Sanitation, dispensaries and jails vaccination Rajputana 1922-1927 - 1922-1927
Year: 1922
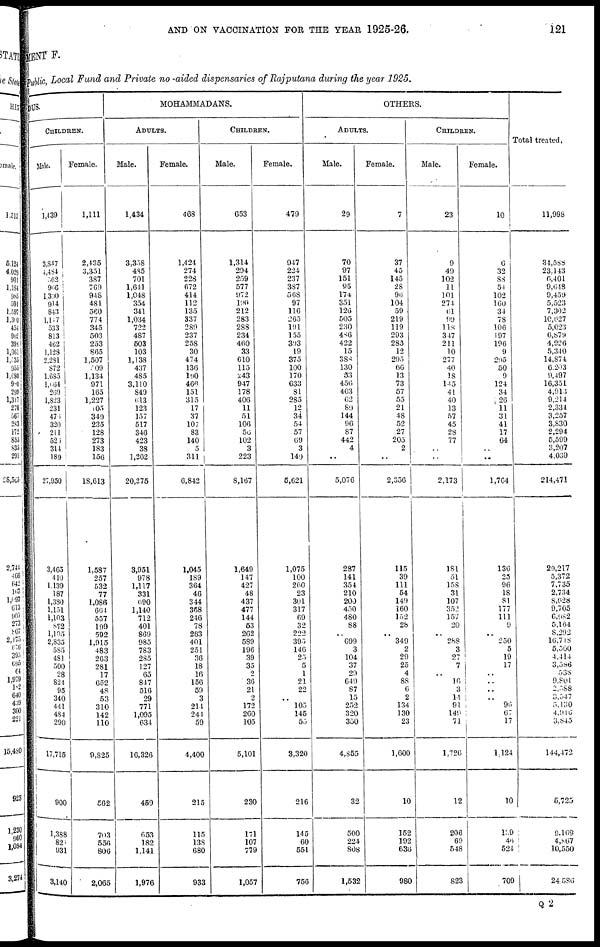
AND ON VACCINATION FOR THE YEAR 1925-26.
121
MENT F.
Public, Local Fund and Private non-aided dispensaries of Rajputana during the year 1925.
DUS.
CHILDREN.
Male.
1,439
3,847
4,484
562
966
1,390
914 843
1,147
533
813
462
1,128
2,281
872
1,685
1,664
269
1,823
231
476
320
211
526
314
189
27,950
3,465
410
1,139
187
1,380
1,151
1,103
872
1,105
2,835
585
481
500
28
824
95
340
441
484
290
17,715
900
1,388
821
931
3,140
Female.
1,111
2,435
3,351
387
769
948
481
560
774
345
503
253
865
1,507
509
1,134
971
165
1,227
105
340
235
128
273
183
156
18,613
1,587
257
532
77
1,086
664
557
199
592
1,915
483
263
281
17
652
48
53
310
142
110
9,825
562
703
556
806
2,065
MOHAMMADANS.
ADULTS.
Male.
1,434
3,358
485
701
1,641
1,048
354
341
1,034
722
487
503
103
1,138
437
485
3,110
849
613
123
157
517
346
423
38
1,262
20,275
3,951
978
1,117
331
690
1,140
712
401
869
985
783
285
127
65
847
516
29
771
1,095
634
16,326
459
653
182
1,141
1,976
Female.
468
1,424
274
228
672
414
112
135
337
289
237
258
30
474
136
190
466
151
315
17
37
107
83
140
5
311
6,842
1,045
189
364
46
344
368
246
78
263
401
251
36
18
16
156
59
3
214
244
59
4,400
215
115
138
680
933
CHILDREN.
Male.
653
1,314
294
259
577
972
190
212
283
288
234
460
33
610
115
243
947
178
406
11
51
106
56
102
3
223
8,167
1,649
147
427
48
437
477
144
53
262
589
196
39
35
2
36
21
2
172
260
105
5,101
230
171
107
779
1,057
Female.
479
947
224
237
387
568
97
116
265
191
155
393
19
375
100
170
633
81
285
12
34
54
57
69
3
149
5,621
1,075
100
260
23
301
317
69
32
222
395
146
25
5
1
21
22
..
105
145
55
3,320
216
145
60
551
756
OTHERS.
ADULTS.
Male.
29
70
97
151
95
174 351
126
505
230
486
422
15
388
130
53
456
403
62
89
144
96
87
442
4
..
5,076
287
141
354
210
200
450
480
88
..
699
3
104
37
29
649
87
15
252
320
350
4,855
32
500
224
808
1,532
Female.
7
37
45
145
28
96
104
59
219
119
293
285
12
295
66
13
73
57
55
21
48
52
27
205
2
..
2,356
115
39
111
54
149
160
152
28
..
349
2
29
25
4
88
6
2
134
130
23
1,600
10
152
192
636
980
CHILDREN.
Male.
23
9
49
102
11
101
274
61
99
118
347
211
10
277
40
18
145
41
40
13
57
45
28
77
..
..
2,173
181
51
158
31
107
352
157
20
..
288
3
27
7
..
16
3
14
91
149
71
1,726
12
206
69
548
823
Female.
10
6
32
88
54
102
160
34
78
106
197
196
9
295
50
9
124
34
26
11
31
41
17
64
..
..
1,764
136
25
96
18
81
177
111
9
..
250
5
19
17
..
..
..
.. 96
67
17
1,124
10
139
46
624
709
Total treated.
11,998
34,588
23,143
6,401
9,648
9,459
5,523
7,302
10,627
5,023
6,879
4,926
5,340
14,874
6,203
9,497
16,351
4,913
9,214
2,334
3,257
3,830
2,294
5,599
3,207
4,039
214,471
29,217
5,372
7,735
2,734
8,628
9,705
6,982
5,164
8,292
16,748
5,500
4,414
3,586
538
9,801
2,588
3,547
5,130
4,946
3,845
144,472
5,725
9,169
4,867
10,550
24,586
Q 2